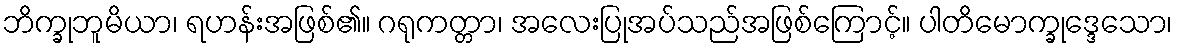
ဘိက္ခုဘူမိယာ၊ ရဟန်းအဖြစ်၏။ ဂရုကတ္တာ၊ အလေးပြုအပ်သည်အဖြစ်ကြောင့်။ ပါတိမောက္ခုဒ္ဒေသော၊